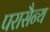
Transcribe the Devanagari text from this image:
परासैन्य